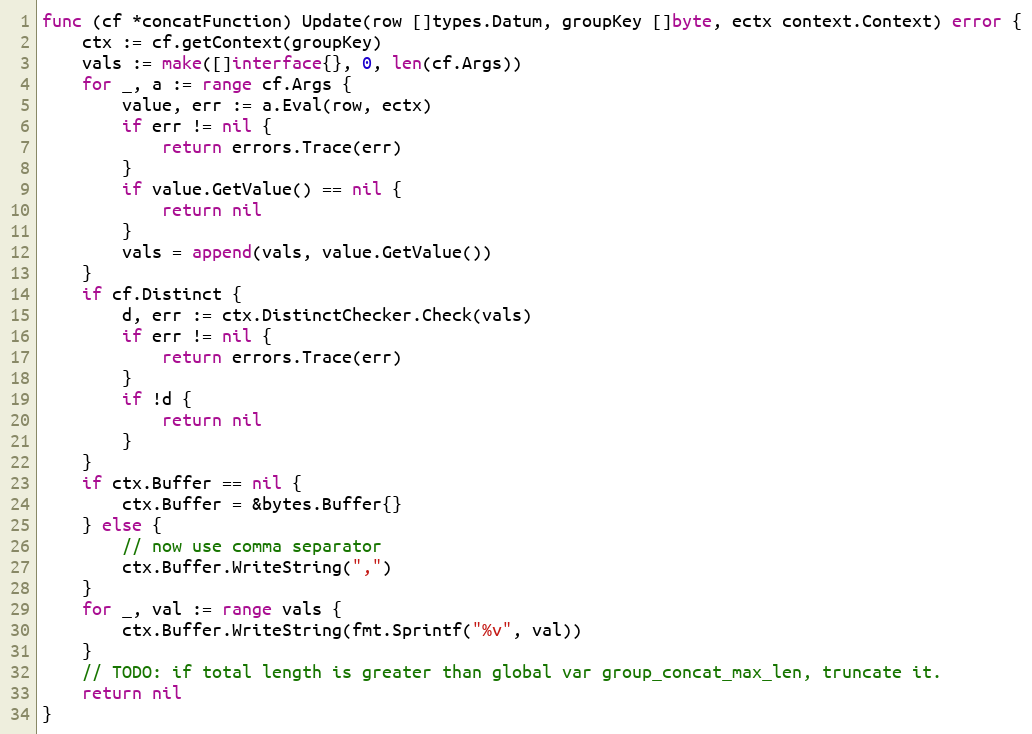
Language: Go
func (cf *concatFunction) Update(row []types.Datum, groupKey []byte, ectx context.Context) error {
	ctx := cf.getContext(groupKey)
	vals := make([]interface{}, 0, len(cf.Args))
	for _, a := range cf.Args {
		value, err := a.Eval(row, ectx)
		if err != nil {
			return errors.Trace(err)
		}
		if value.GetValue() == nil {
			return nil
		}
		vals = append(vals, value.GetValue())
	}
	if cf.Distinct {
		d, err := ctx.DistinctChecker.Check(vals)
		if err != nil {
			return errors.Trace(err)
		}
		if !d {
			return nil
		}
	}
	if ctx.Buffer == nil {
		ctx.Buffer = &bytes.Buffer{}
	} else {
		// now use comma separator
		ctx.Buffer.WriteString(",")
	}
	for _, val := range vals {
		ctx.Buffer.WriteString(fmt.Sprintf("%v", val))
	}
	// TODO: if total length is greater than global var group_concat_max_len, truncate it.
	return nil
}